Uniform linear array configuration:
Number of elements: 12
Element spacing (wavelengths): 0.75
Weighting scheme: uniform
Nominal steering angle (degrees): -45
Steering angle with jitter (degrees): -46.097
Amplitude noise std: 0.05
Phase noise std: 0.05

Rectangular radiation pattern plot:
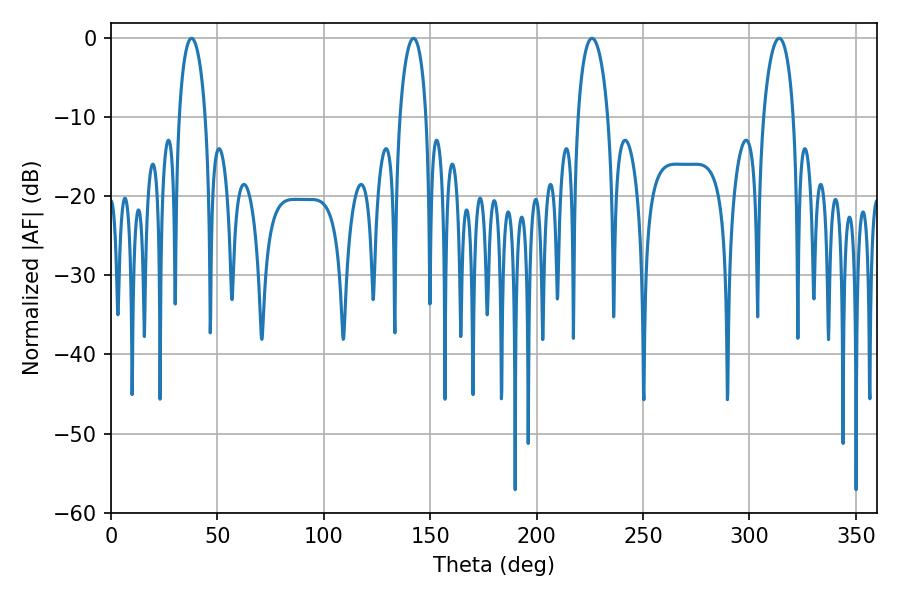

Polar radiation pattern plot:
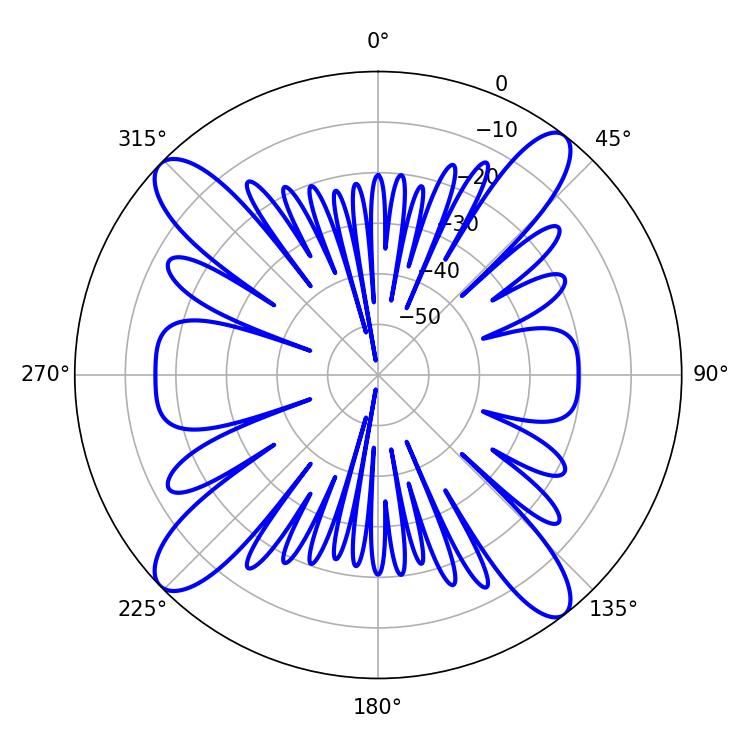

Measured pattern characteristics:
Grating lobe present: TRUE
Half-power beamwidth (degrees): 8.1
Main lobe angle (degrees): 226.08